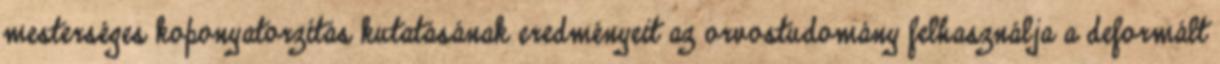
mesterséges koponyatorzítás kutatásának eredményeit az orvostudomány felhasználja a deformált